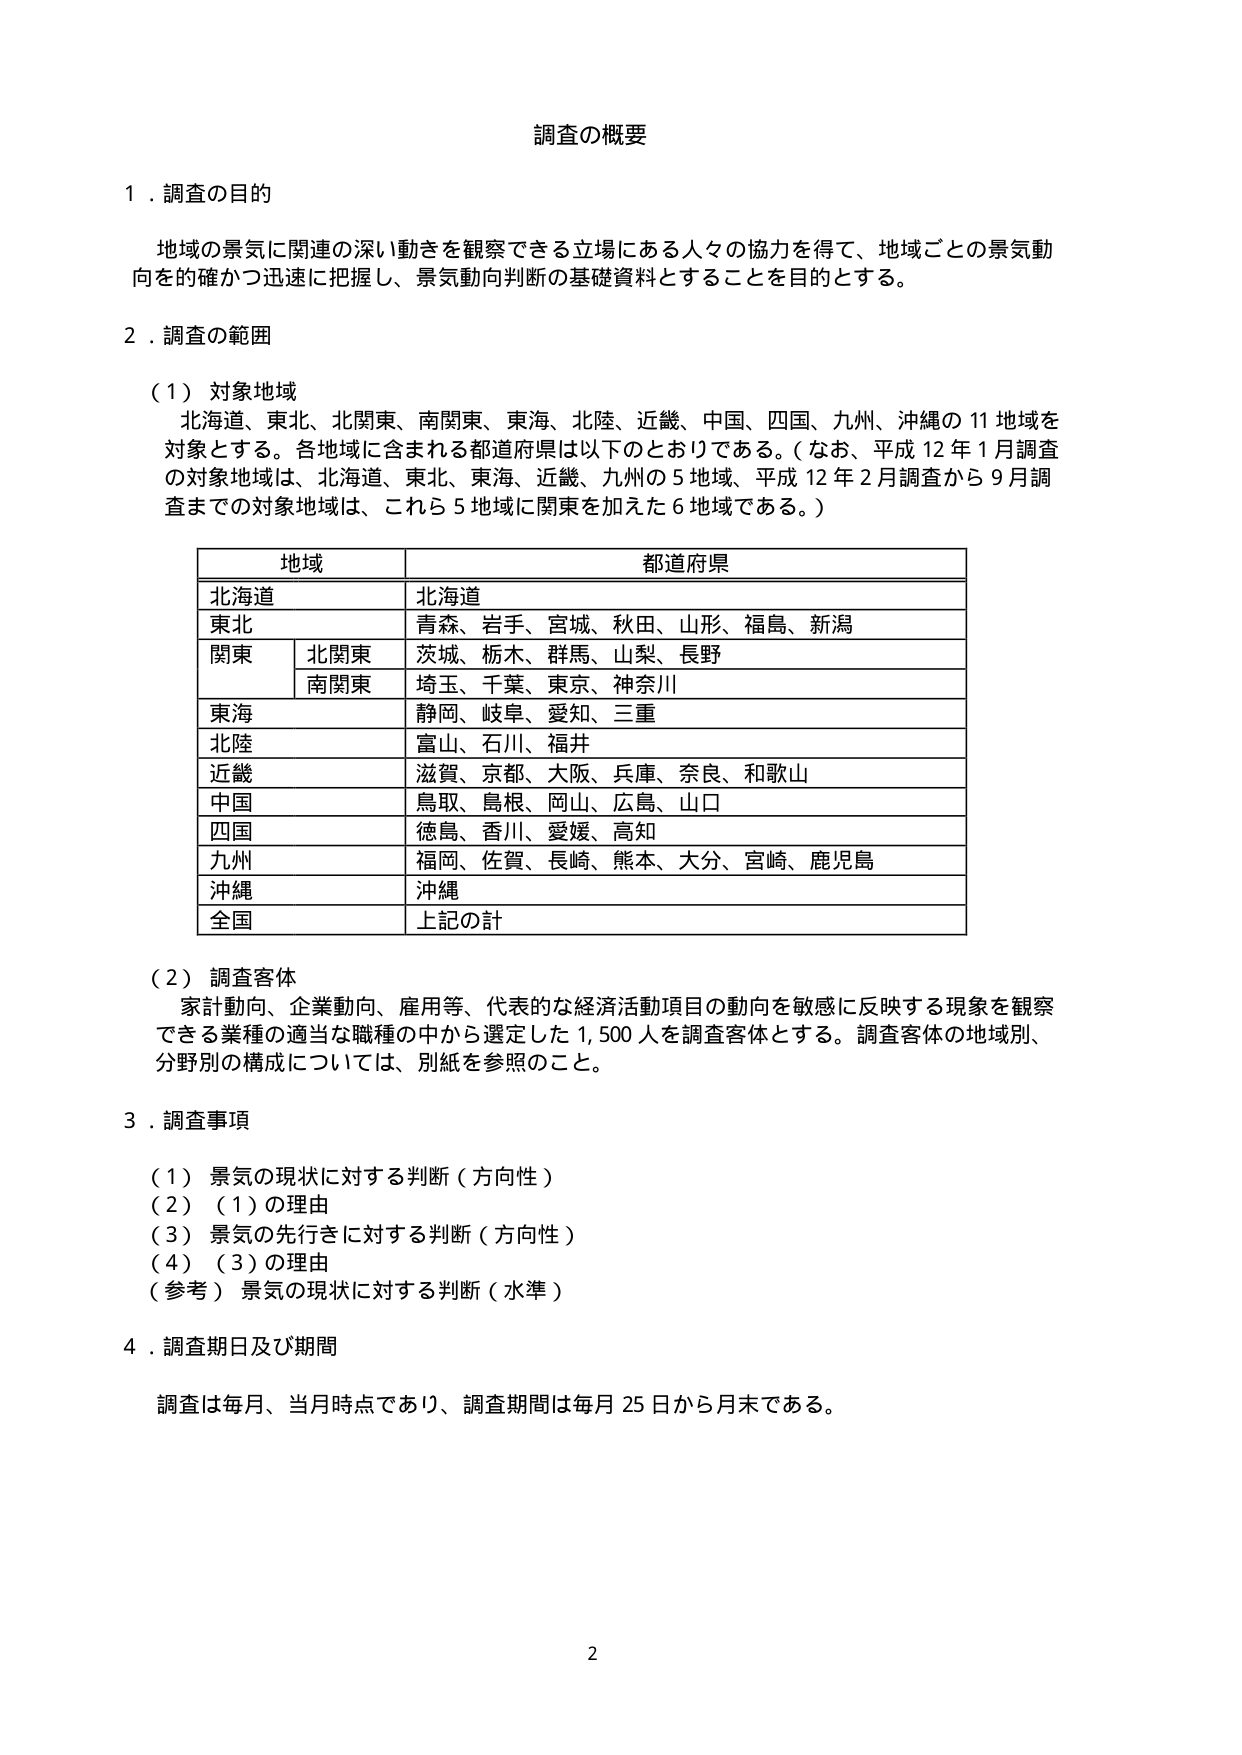
調査の概要

１．調査の目的
地域の景気に関連の深い動きを観察できる立場にある人々の協力を得て、地域ごとの景気動向を的確かつ迅速に把握し、景気動向判断の基礎資料とすることを目的とする。

２．調査の範囲
（１）対象地域
北海道、東北、北関東、南関東、東海、北陸、近畿、中国、四国、九州、沖縄の11地域を対象とする。各地域に含まれる都道府県は以下のとおりである。（なお、平成12年1月調査の対象地域は、北海道、東北、東海、近畿、九州の5地域、平成12年2月調査から9月調査までの対象地域は、これら5地域に関東を加えた6地域である。）

地域 都道府県
北海道 北海道
東北 青森、岩手、宮城、秋田、山形、福島、新潟
関東 北関東 茨城、栃木、群馬、山梨、長野
南関東 埼玉、千葉、東京、神奈川
東海 静岡、岐阜、愛知、三重
北陸 富山、石川、福井
近畿 滋賀、京都、大阪、兵庫、奈良、和歌山
中国 鳥取、島根、岡山、広島、山口
四国 徳島、香川、愛媛、高知
九州 福岡、佐賀、長崎、熊本、大分、宮崎、鹿児島
沖縄 沖縄
全国 上記の計

（２）調査客体
家計動向、企業動向、雇用等、代表的な経済活動項目の動向を敏感に反映する現象を観察できる業種の適当な職種の中から選定した1,500人を調査客体とする。調査客体の地域別、分野別の構成については、別紙を参照のこと。

３．調査事項
（１）景気の現状に対する判断（方向性）
（２）（１）の理由
（３）景気の先行きに対する判断（方向性）
（４）（３）の理由
（参考）景気の現状に対する判断（水準）

４．調査期日及び期間
調査は毎月、当月時点であり、調査期間は毎月25日から月末である。

2